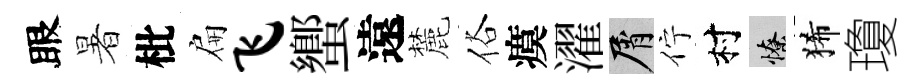
眼暑枇扁飞蠁遠麓俗瘼濯屑佇村憭狶瓊